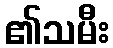
၏သမီး